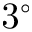
3 ^ { \circ }